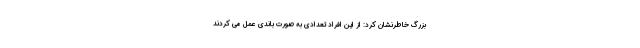
بزرگ خاطرنشان کرد: از این افراد تعدادی به صورت باندی عمل می کردند